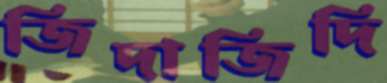
জিদাজিদি